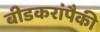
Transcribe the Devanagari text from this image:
बीडकरांपैकी